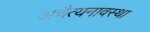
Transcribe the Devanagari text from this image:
अचैत्यनावस्था